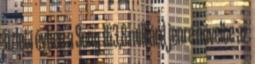
üzleti évben a Sony 163,8 milliárd jenre növelte az